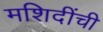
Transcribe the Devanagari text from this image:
मशिदींची